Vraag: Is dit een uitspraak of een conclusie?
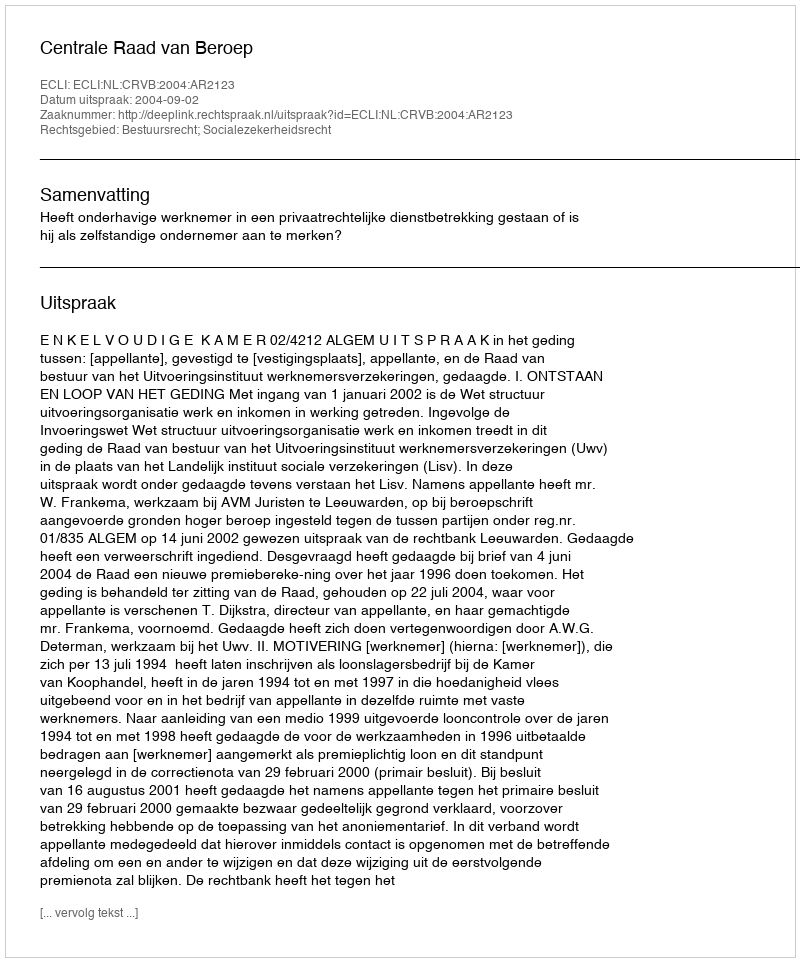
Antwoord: Uitspraak